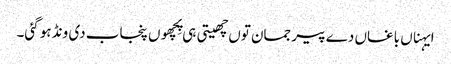
ایہناں باغاں دے پیر جمان توں چھیتی ہی پِچھوں پنجاب دی ونڈ ہو گئی۔